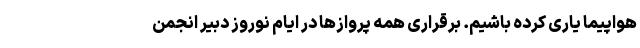
هواپیما یاری کرده باشیم. برقراری همه پروازها در ایام نوروز دبیر انجمن